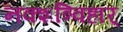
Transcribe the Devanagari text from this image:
नक्शत्र्विहार्